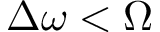
\Delta \omega < \Omega